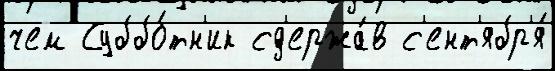
чем Суббо́тн'ик сд'ержа́в с'ент'ябр'я́